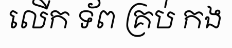
លើក ទ័ព គ្រប់ កង